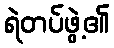
ရဲတပ်ဖွဲ့၏